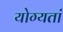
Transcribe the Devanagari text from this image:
योग्यतां